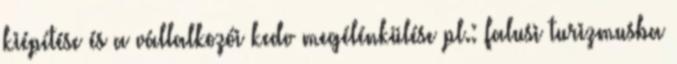
kiépítése és a vállalkozói kedv megélénkülése pl.: falusi turizmusba